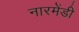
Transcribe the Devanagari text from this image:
नारमेंडी